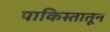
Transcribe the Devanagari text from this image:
पाकिस्तातून